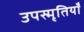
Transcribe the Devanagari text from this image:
उपस्मृतियाँ